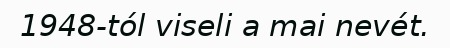
1948-tól viseli a mai nevét.